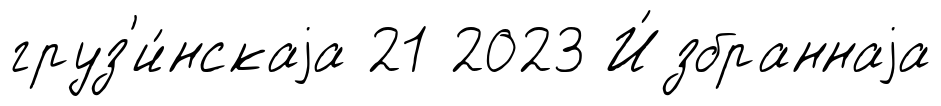
груз'и́нскаjа 21 2023 И́збраннаjа